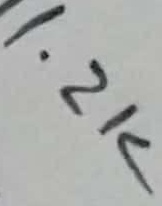
Text: 1.2K